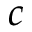
c